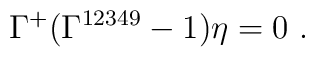
\Gamma^+(\Gamma^{12349}-1)\eta =0~.